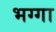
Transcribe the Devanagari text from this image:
भग्गा